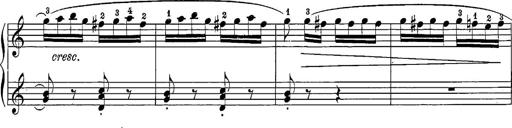
Title: 12 Sonatine per Pianoforte
Composer: Friedrich Kuhlau